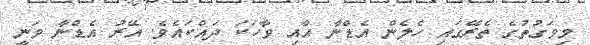
މިވަގުތުގެ ތެރޭގައި ހެލެން އެޑްނާ އާއި ވާހަކަ ދައްކައެވެ. އޭރު އެޑްނާ ވަނީ